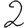
Digit: 2